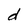
Character: d